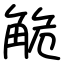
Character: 觤